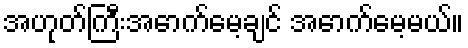
အဟုတ်ကြီးအောက်မေ့ချင် အောက်မေ့မယ်။